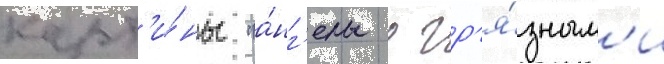
карт'и́ны "а́нг'елы с гр'я́зным'и